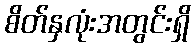
စိတ်နှလုံးအတွင်းရှိ